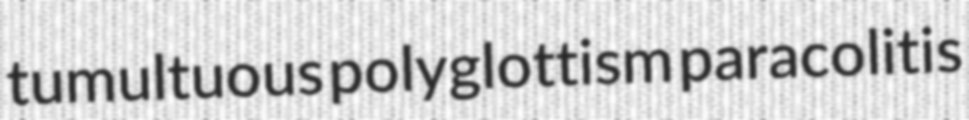
tumultuous polyglottism paracolitis